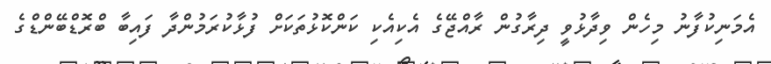
އެމަނިކުފާނު މިހެން ވިދާޅުވީ ދިރާގުން ރާއްޖޭގެ އެކިއެކި ކަންކޮޅުތަކަށް ފުޅާކުރަމުންދާ ފައިބާ ބްރޮޑްބޭންޑްގެ